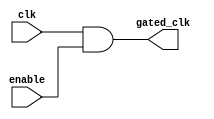
module ClockGatingCell (
    input wire clk,          // Main clock input
    input wire enable,       // Enable signal
    output wire gated_clk    // Gated clock output
);
    // AND gate to control clock gating
    assign gated_clk = clk & enable;
endmodule